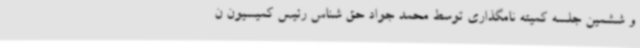
و ششمین جلسه کمیته نامگذاری توسط محمد جواد حق شناس رئیس کمیسیون ن